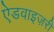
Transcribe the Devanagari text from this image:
ऐडवाइज़री